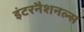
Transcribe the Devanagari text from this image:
इंटरनैशनल्स